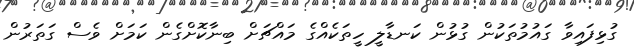
ގުޅިފައިވާ ގައުމުތަކުން ގުޅުން ކަނޑާލީ ހީތަކެއްގެ މައްޗަށް ބިނާކޮށްގެން ކަމަށް ވެސް ގަތަރުން